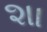
શા